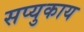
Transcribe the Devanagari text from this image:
सप्युकाय